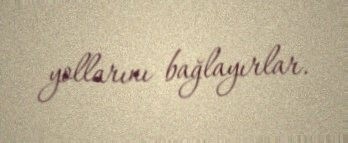
yollarını bağlayırlar.